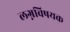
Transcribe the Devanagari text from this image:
लग्नविषयक